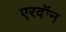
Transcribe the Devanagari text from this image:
एरवॉन